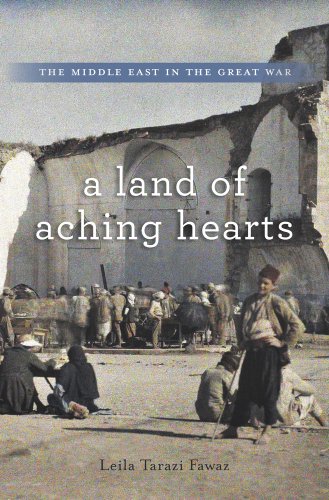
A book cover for A Land of Aching Hearts: The Middle East in the Great War; Leila Tarazi Fawaz; History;